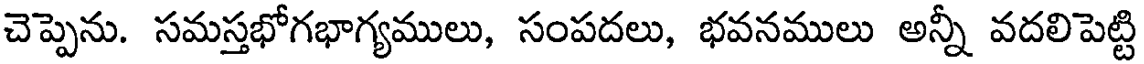
చెప్పెను. సమస్తభోగభాగ్యములు, సంపదలు, భవనములు అన్నీ వదలిపెట్టి